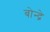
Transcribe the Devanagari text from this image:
बोन्द्रे